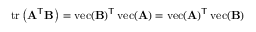
\operatorname { t r } \left( \mathbf { A } ^ { \mathsf { T } } \mathbf { B } \right) = \operatorname { v e c } ( \mathbf { B } ) ^ { \mathsf { T } } \operatorname { v e c } ( \mathbf { A } ) = \operatorname { v e c } ( \mathbf { A } ) ^ { \mathsf { T } } \operatorname { v e c } ( \mathbf { B } )